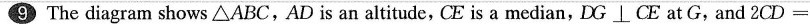
9 The diagram shows△ABC,AD is an altitude, CE is a median, DG\perpCE at G, and 2 CD =